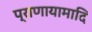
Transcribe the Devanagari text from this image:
प्राणायामादि